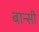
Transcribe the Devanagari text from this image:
बान्‍सी